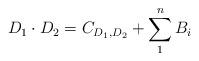
LaTeX: \begin{align*} D_1 \cdot D_2 = C_{D_1,D_2} + \sum_1^n B_i\end{align*}